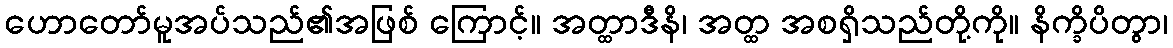
ဟောတော်မူအပ်သည်၏အဖြစ် ကြောင့်။ အတ္ထာဒီနိ၊ အတ္ထ အစရှိသည်တို့ကို။ နိက္ခိပိတွာ၊